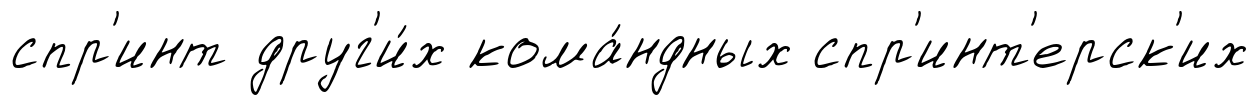
спр'инт друг'и́х кома́ндных спр'инт'ерск'их